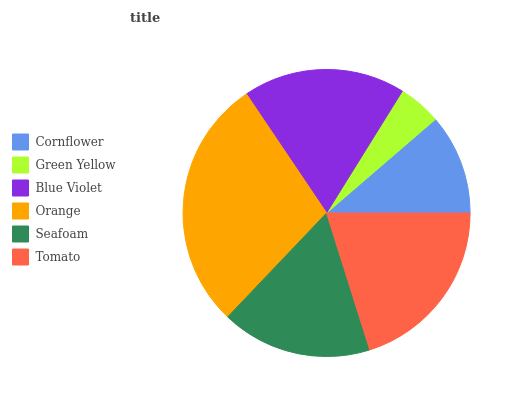
| Cornflower | Green Yellow | Blue Violet | Orange | Seafoam | Tomato |
 | --- | --- | --- | --- | --- | --- |
 | 11.3% | 4.83% | 18.3% | 28.4% | 17% | 20.2% |